Medical and sanitary report of the native army of Bengal for the year
Year: 1875
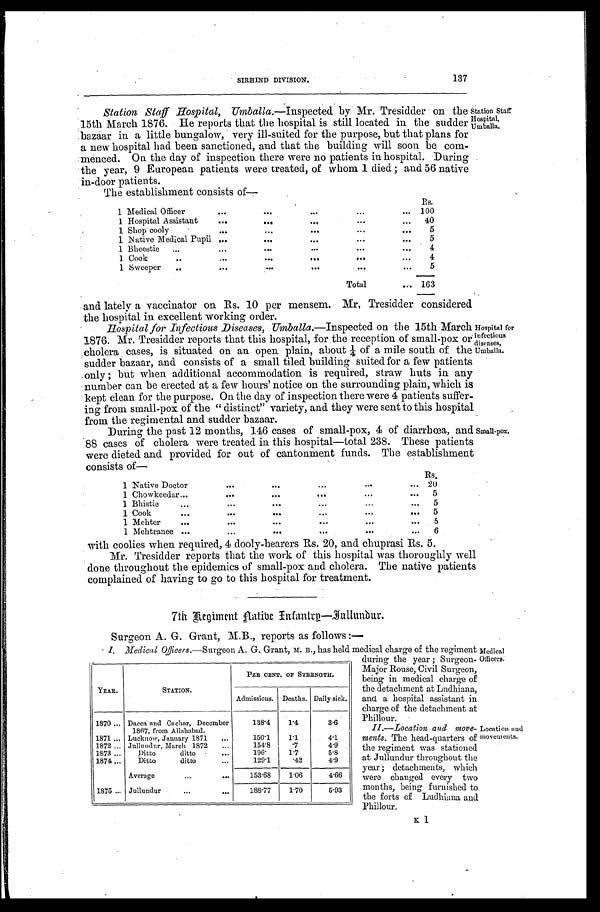
137
SIRHIND DIVISION.
Station Staff
Hospital,
Umballa.
Station Staff Hospital, Umballa .—Inspected by Mr. Tresidder on the
15th March 1876. He reports that the hospital is still located in the sudder
bazaar in a little bungalow, very ill-suited for the purpose, but that plans for
a new hospital had been sanctioned, and that the building will soon be com--
menced. On the day of inspection there were no patients in hospital. During
the year, 9 European patients were treated, of whom 1 died ; and 56 native
in-door patients.
The establishment consists of
Rs.
1 Medical Officer . . . 100
1 Hospital Assistant . . .
40
1 Shop
cooly
.
.
.
5
1 Native Medical Pupil . . .
5
1
Bheestie
.
.
.
4
1
Cook
.
.
.
4
1
Sweeper
.
.
.
5
Total . . .
163
and lately a vaccinator on Rs. 10 per mensem. Mr. Tresidder considered
the hospital in excellent working order.
Hospital for Infectious Diseases, UMballa.—Inspected
on the 15th March
1876. Mr. Tresidder reports that this hospital, for the reception of small-pox or
cholera cases, is situated on an open plain, about ¼ of a mile south of the
sudder bazaar, and consists of a small tiled building suited for a few patients
only ; but when additional accommodation is required, straw huts in any
number can be erected at a few hours' notice on the surrounding plain, which is
kept clean for the purpose. On the day of inspection there were 4 patients suffer-
ing from small-pox of the "distinct" variety, and they were sent to this hospital
from the regimental and sudder bazaar.
During the past 12 months, 146 cases of small-pox, 4 of diarrhœa, and
88 cases of cholera were treated in this hospital—total 238. These patients
were dieted and provided for out of cantonment funds. The establishment
consists of—
Rs.
1 Native Doctor . . .
20
1 Chowkeedar . . .
5
1 Bhistie . . .
5
1 Cook . . .
5
1 Mehter . . .
5
1 Mehtranee . . .
6
Small-pox.
. Hospital for
; infectious
diseases,
Umballa.
with coolies when required, 4 dooly-bearers Rs. 20, and chuprasi Rs. 5.
Mr. Tresidder reports that the work of this hospital was thoroughly well
done throughout the epidemics of small-pox and cholera. The native patients
complained of having to go to this hospital for treatment.
7th Regiment Native Infantry—Jullundur.
Surgeon A. G. Grant, M.B., reports as follows :—
YEAR,.
STATION.
PER CENT. OF STRENGTH.
Admissions.
Deaths. Daily sick.
1870 . . . Dacca and Cachar, December
1867, from Allahabad.
138.4
1.4
3.6
1871 . . . Lucknow, January 1871 . . .
150.1
1.1
4.1
1872 . . . Jullundur, March 1872
154.8
. 7
4.9
1873 . . .
Ditto ditto . . .
196.
1.7
5.8
1874 . . .
Ditto ditto . . .
129.1
. 4 2
4.9
Average . . .
153.68
1.06
4.66
1875 . . . Jullundur . . .
188.77
1.70
5.93
I Medical
Officers. —Surgeon A. G. Grant, M. B., has held medical charge of the regiment
during the year ; Surgeon-
Major Rouse, Civil Surgeon,
being in medical charge of
the detachment at Ludhiana,
and a hospital assistant in
charge of the detachment at
Phillour.
II—Location and move-
ments. The head-quarters of
the regiment was stationed
at Jullundur throughout the
year ; detachments, which
were changed every two
months, being furnished to
the forts of Ludhiana and Phillour
Medical
Officers.
Location and
movements.